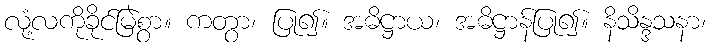
လုံ့လကိုခိုင်မြဲစွာ။ ကတွာ၊ ပြု၍။ အဓိဋ္ဌာယ၊ အဓိဋ္ဌာန်ပြု၍။ နိသိန္ဒသနာ၊